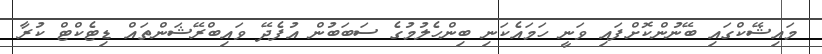
މައިޝޭކްގައި ބޭނުންކޮށްފައި ވަނީ ހަމައެކަނި ބިންހެލުމުގެ ސަބަބުން އުފެދޭ ވައިބްރޭޝަންތައް ޑިޓެކްޓް ކުރާ